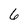
Character: 6